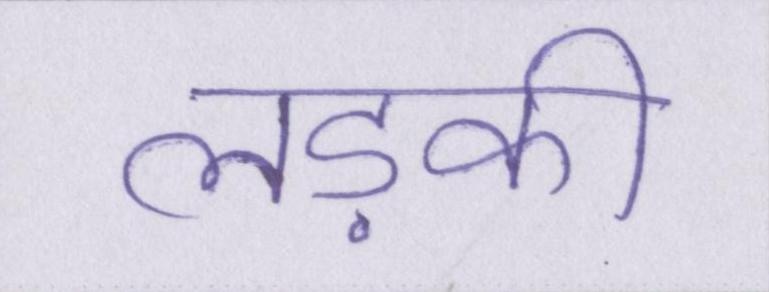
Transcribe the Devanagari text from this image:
लड़की